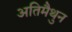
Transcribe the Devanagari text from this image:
अतिमैथुन